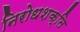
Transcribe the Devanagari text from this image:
निरोधशक्ति